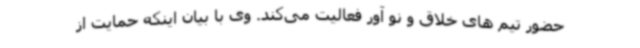
حضور تیم های خلاق و نو آور فعالیت می‌کند. وی با بیان اینکه حمایت از